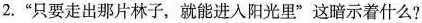
2.”只要走出那片林子，就能进入阳光里”这暗示着什么?